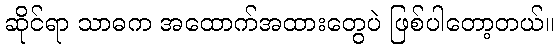
ဆိုင်ရာ သာဓက အထောက်အထားတွေပဲ ဖြစ်ပါတော့တယ်။